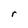
Character: r